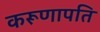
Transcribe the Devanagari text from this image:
करूणापति